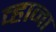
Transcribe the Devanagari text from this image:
व्हाना